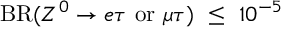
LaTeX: \mathrm { B R } ( Z ^ { 0 } \to e \tau \ \mathrm { o r } \ \mu \tau ) \ \leq \ 1 0 ^ { - 5 }